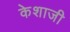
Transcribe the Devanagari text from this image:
केशाजी